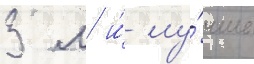
3 м и́ лу́чше